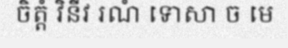
ចិត្តំ វិនីវ រណំ ទោសា ច មេ